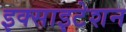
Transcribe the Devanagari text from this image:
इक्साइटेशन